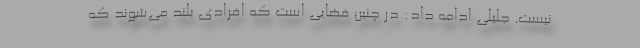
نیست. جلیلی ادامه داد: در چنین فضایی است که افرادی بلند می‌شوند که